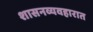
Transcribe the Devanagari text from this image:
शासनव्यवहारात